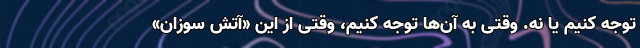
توجه کنیم یا نه. وقتی به آن‌ها توجه کنیم، وقتی از این «آتش سوزان»